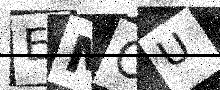
Text: EMOU